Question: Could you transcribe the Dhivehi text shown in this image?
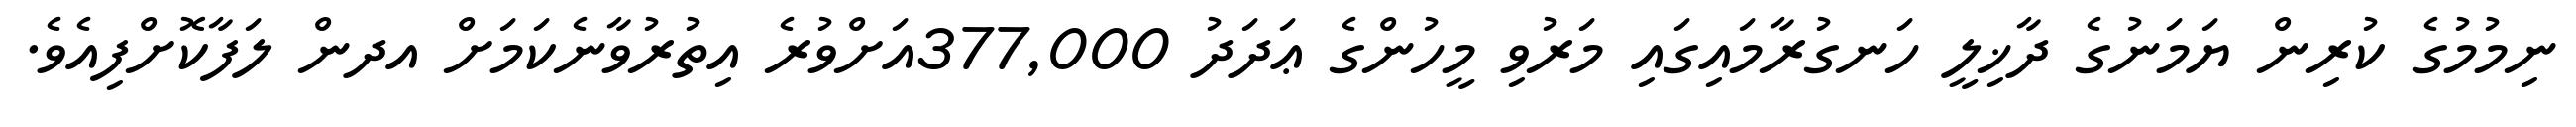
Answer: ނިމުމުގެ ކުރިން ޔަމަނުގެ ދާޚިލީ ހަނގުރާމައިގައި މަރުވި މީހުންގެ ޢަދަދު 377,000އަށްވުރެ އިތުރުވާނެކަމަށް އދން ލަފާކޮށްފިއެވެ.